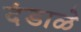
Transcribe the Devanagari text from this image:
दंडाळे